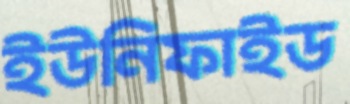
ইউনিফাইড